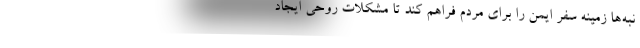
نبه‌ها زمینه سفر ایمن را برای مردم فراهم کند تا مشکلات روحی ایجاد